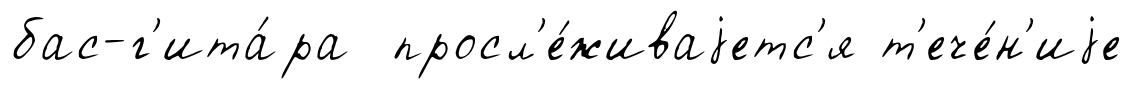
бас-г'ита́ра просл'е́живаjетс'я т'ече́н'иjе